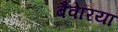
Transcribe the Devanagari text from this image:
बैवेरिया